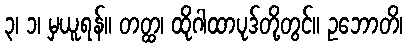
၃၊ ၁၊ မှယူရန်။ တတ္ထ၊ ထိုဂါထာပုဒ်တို့တွင်။ ဥဘောတိ၊